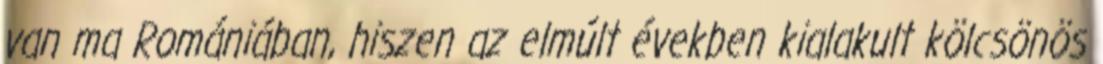
van ma Romániában, hiszen az elmúlt években kialakult kölcsönös